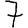
Digit: 7